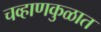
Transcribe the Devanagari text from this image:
चव्हाणकुळात